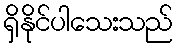
ရှိနိုင်ပါသေးသည်